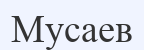
Мусаев